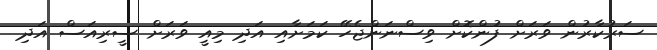
ސަރުކާރުން ވަރަށް ފުންކޮށް ވިސްނަންޖެހޭ ކަމަށާއި އަދި މިއީ ވަރަށް ސީރިއަސް އަދި